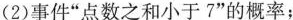
(2)事件”点数之和小于7”的概率；